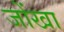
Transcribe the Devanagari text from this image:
जोंखा